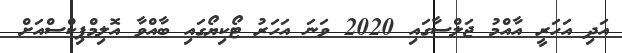
އަދި އަހަރީ އާއްމު ޖަލްސާގައި 2020 ވަނަ އަހަރު ޓޯކިޔޯގައި ބާއްވާ އޮލިމްޕިކްސްއަށް